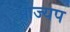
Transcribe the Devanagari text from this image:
आज्यप